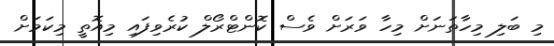
މި ބަލި މިހާތަނަށް މިހާ ވަރަށް ވެސް ކޮންޓްްރޯލް ކުރެވިފައި މިއޮތީ މިކަމަށް